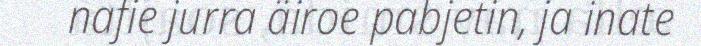
nafie jurra äiroe pabjetin, ja inate